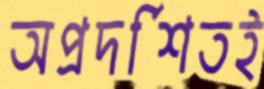
অপ্রদর্শিতই